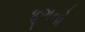
ફૂગનો